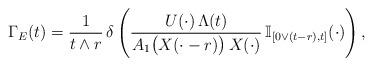
LaTeX: \begin{align*}\Gamma_E (t) = \frac{ \ 1 \ }{t \wedge r} \, \delta \left( \frac{U(\cdot) \, \Lambda (t)}{A_1 \big( X (\cdot -r) \big) \, X( \cdot )} \, \mathbb{I}_{[0 \vee (t-r),t]} ( \cdot ) \right), \end{align*}